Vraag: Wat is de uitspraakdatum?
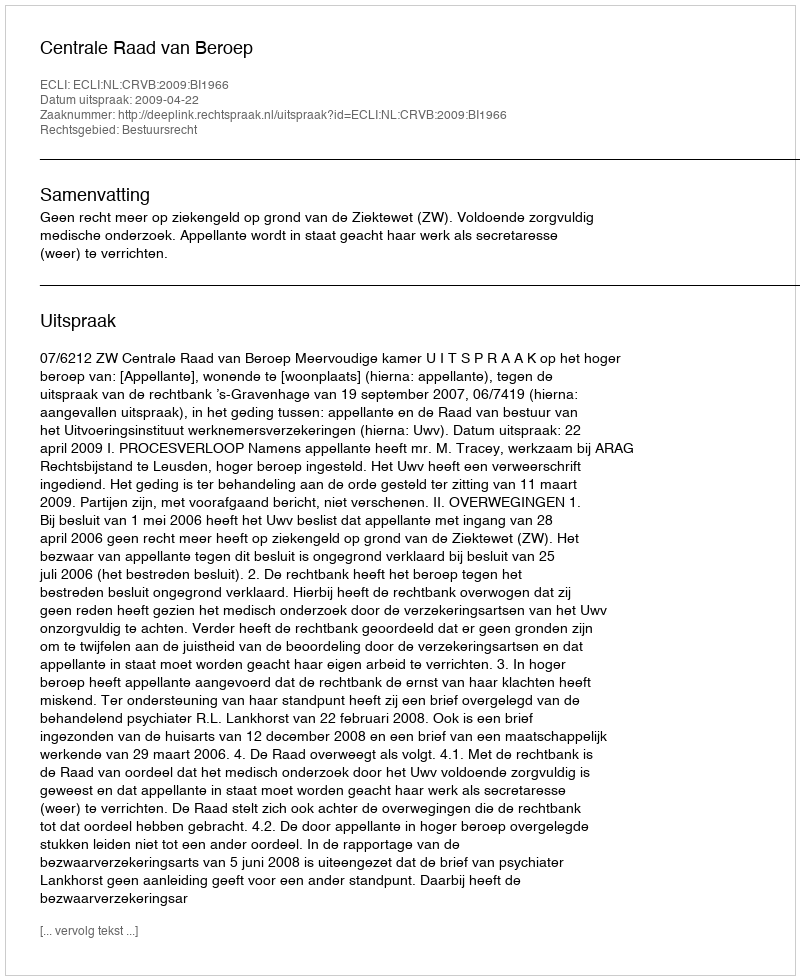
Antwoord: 2009-04-22